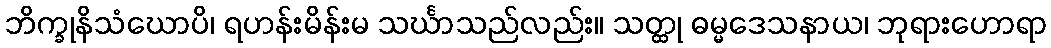
ဘိက္ခုနိသံဃောပိ၊ ရဟန်းမိန်းမ သင်္ဃာသည်လည်း။ သတ္ထု ဓမ္မဒေသနာယ၊ ဘုရားဟောရာ